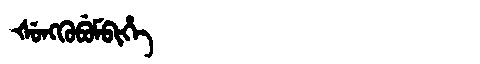
Manchu: ᡧᡠᠩᡴᡠᠪᡠᠮᠪᡳᡥᡝ
Romanization: ŠUNGKUBUMBIHE